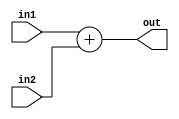
module Adder(in1, in2, out);

parameter BIT_WIDTH = 32;

input [BIT_WIDTH - 1 : 0] in1;
input [BIT_WIDTH - 1 : 0] in2;
output [BIT_WIDTH - 1 : 0] out;

assign out = in1 + in2;

endmodule